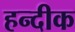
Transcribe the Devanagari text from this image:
हन्दीक